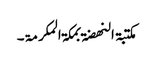
مکتبۃ النھضۃ بمکۃ المکرمۃ۔